Quinine and its salts - Number 41
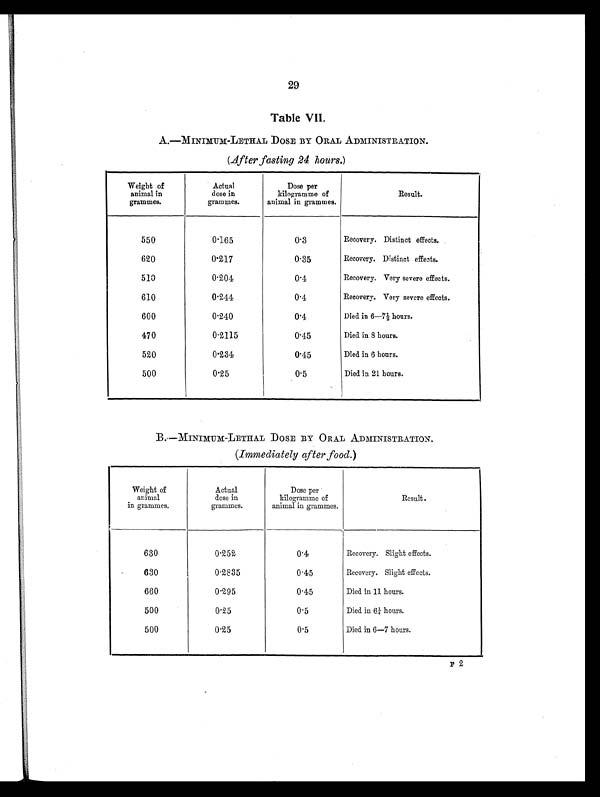
29
Table VII.
A.—MINIMUM-LETHAL DOSE BY ORAL ADMINISTRATION.
(After fasting 24 hours.)
Weight of
animal in
grammes.
Actual
dose in
grammes.
Dose per
kilogramme of
animal in grammes.
Result.
550
0.165
0.3
Recovery. Distinct effects.
620
0.217
0.35
Recovery. Distinct effects.
510
0.204
0.4
Recovery. Very severe effects.
610
0.244
0.4
Recovery. Very severe effects.
600
0.240
0.4
Died in 6-7½ hours.
470
0.2115
0.45
Died in 8 hours.
520
0.234
0.45
Died in 6 hours.
500
0.25
0.5
Died in 21 hours.
B. —MINIMUM-LETHAL DOSE BY ORAL ADMINISTRATION.
(Immediately after food.)
Weight of
animal
in grammes.
Actual
dose in
grammes.
Dose per
kilogramme of
animal in grammes.
Result.
630
0.252
0.4
Recovery. Slight effects.
630
0.2835
0.45
Recovery. Slight effects.
660
0.295
0.45
Died in 11 hours.
500
0.25
0.5
Died in 6¼ hours.
500
0.25
0.5
Died in 6—7 hours.
F 2